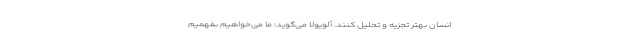
انسان بهتر تجزیه و تحلیل کنند. آلویولا می‌گوید: ما می‌خواهیم بفهمیم